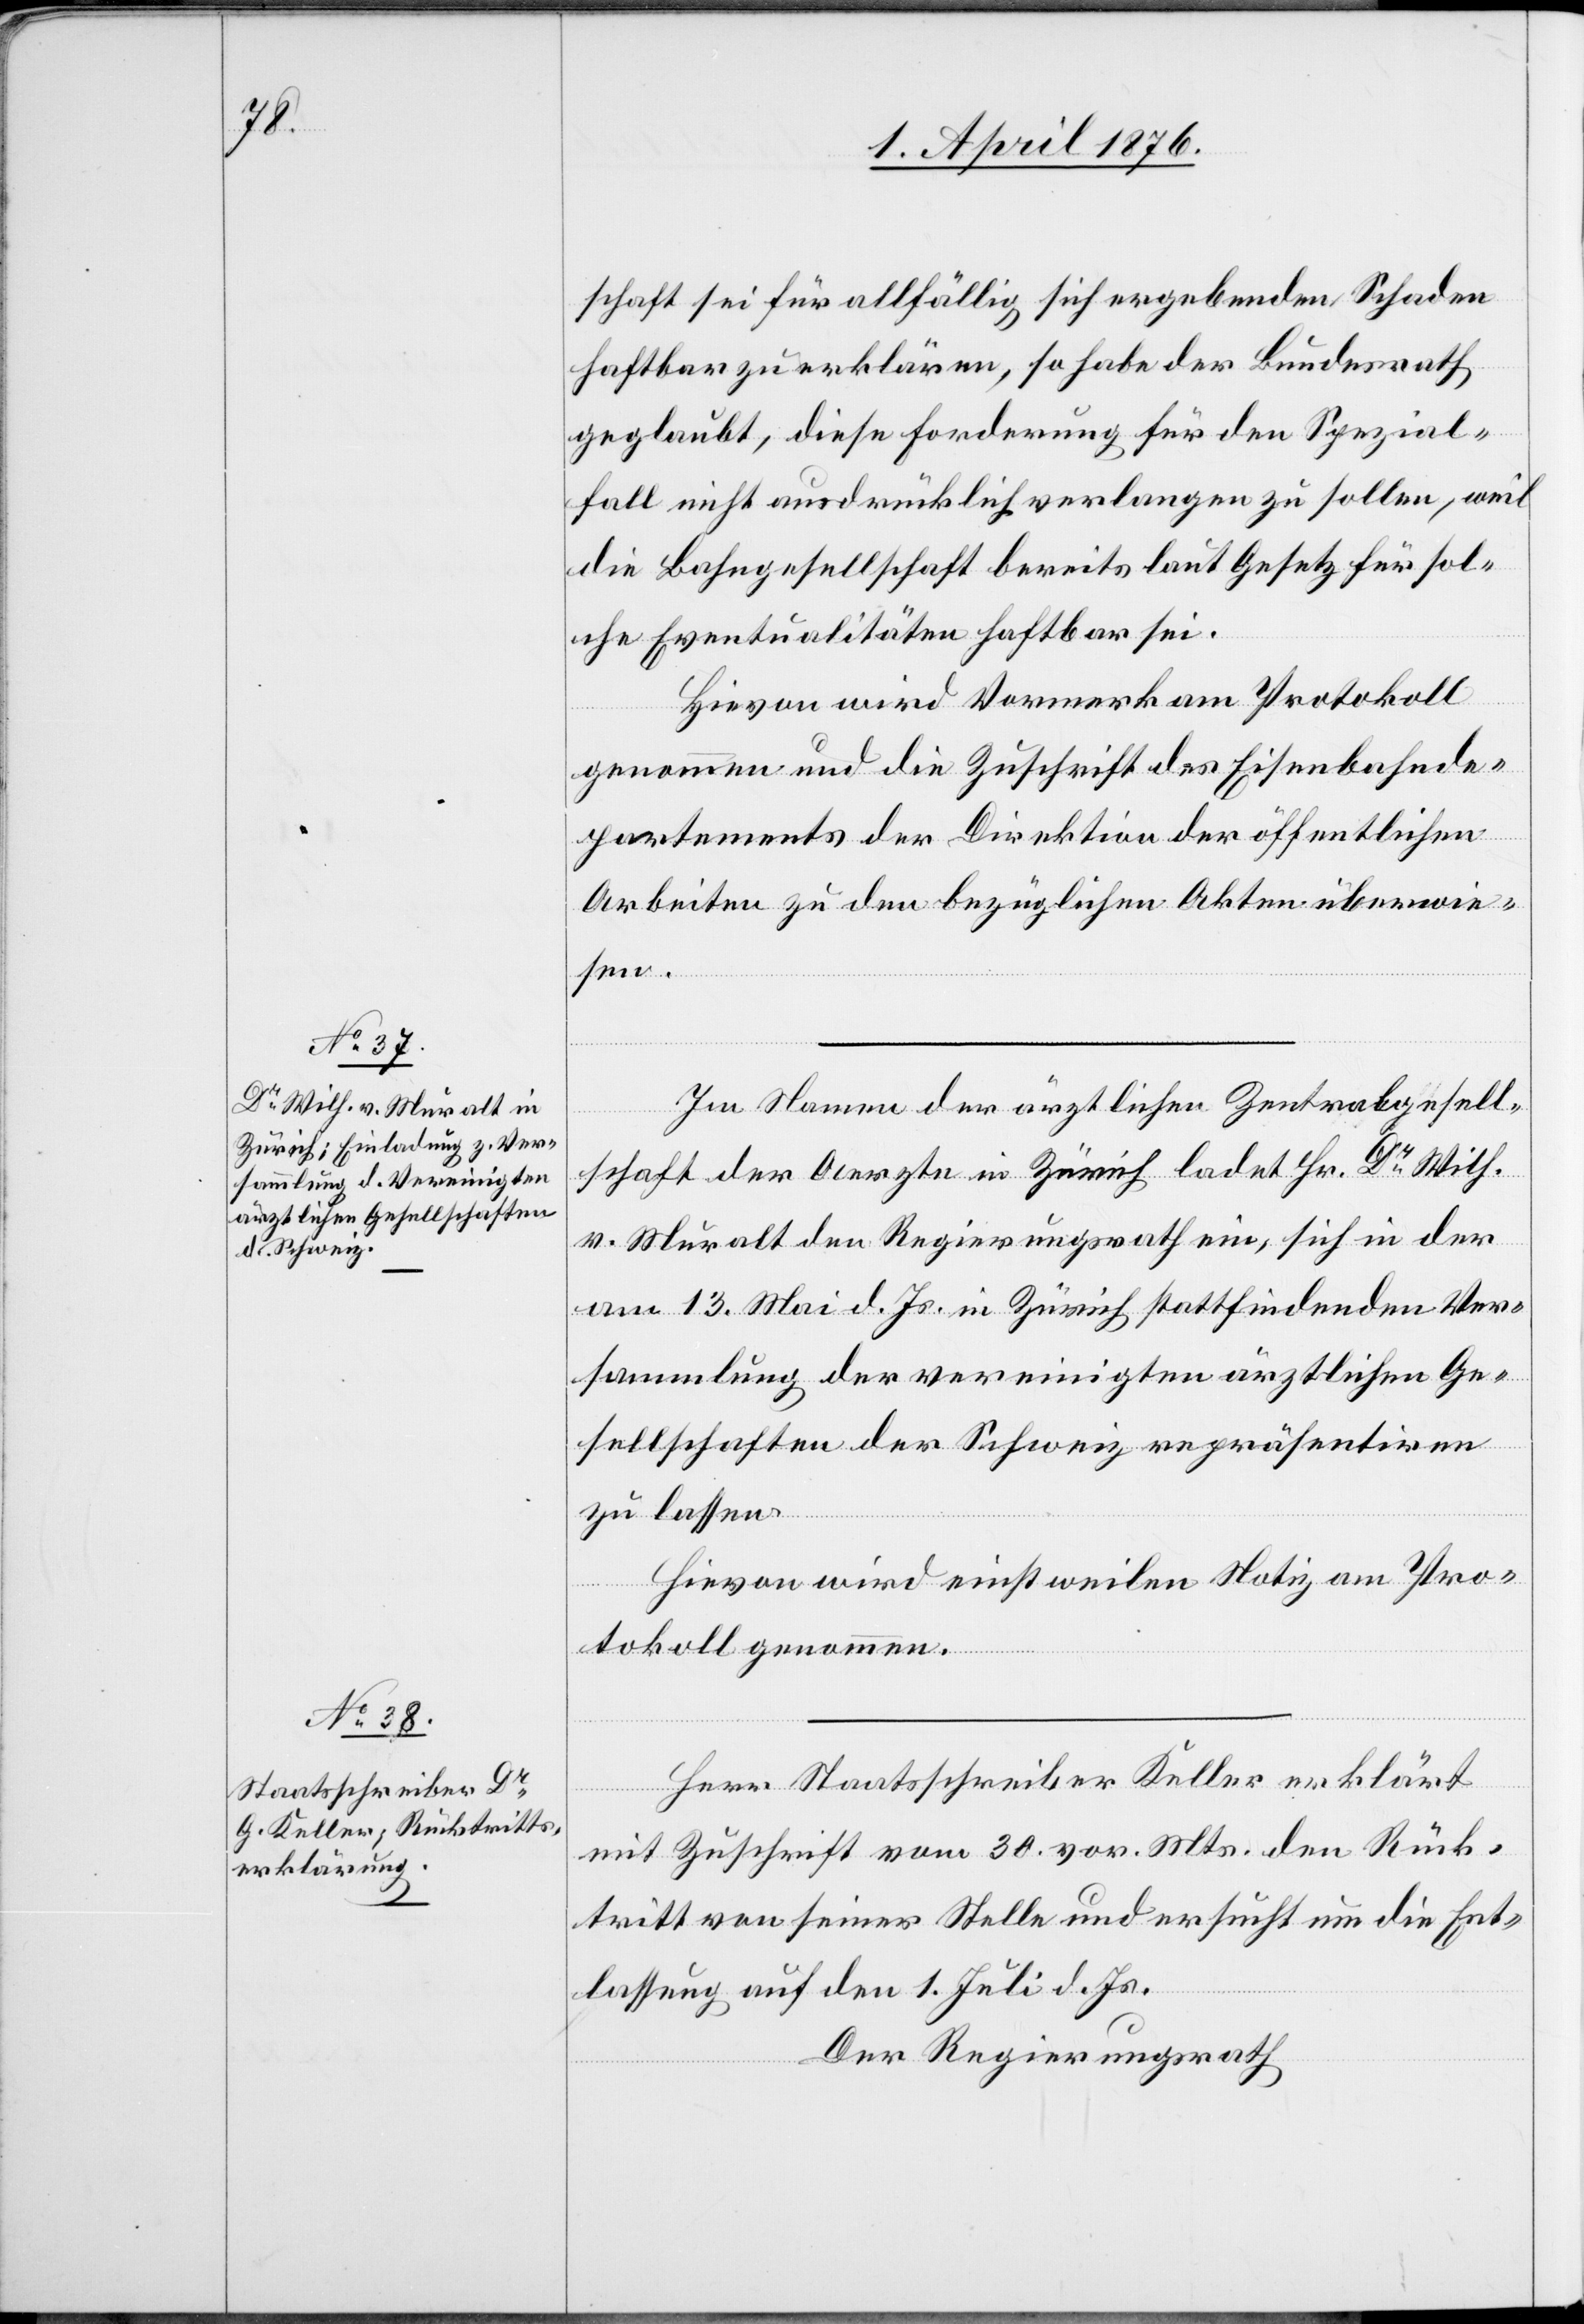
schaft sei für allfällig sich ergebende Schaden
haftbar zu erklären, so habe der Bundesrath
geglaubt, diese Forderung für den Spezial¬
fall nicht ausdrücklich verlangen zu sollen, weil
die Bahngesellschaft bereits laut Gesetz für sol¬
che Eventualitäten haftbar sei.
Hievon wird Vormerk am Protokoll
genommen und die Zuschrift des Eisenbahnde¬
partements der Direktion der öffentlichen
Arbeiten zu den bezüglichen Akten überwe¬
isen.
Im Namen der ärztlichen Zentralgesell¬
schaft der Aerzte in Zürich ladet Hr. Dr Wilh.
v. Muralt den Regierungsrath ein, sich in der
am 13. Mai d. Js. in Zürich stattfindenden Ver¬
sammlung der vereinigten ärztlichen Ge¬
sellschaften der Schweiz repräsentiren
zu lassen.
Hievon wird einstweilen Notiz am Pro¬
tokoll genommen.
Herr Staatsschreiber Keller erklärt
mit Zuschrift vom 30. vor. Mts. den Rück¬
tritt von seiner Stelle und ersucht um die Ent¬
lassung auf den 1. Juli d. Js.
Der Regierungsrath